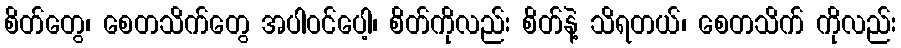
စိတ်တွေ၊ စေတသိက်တွေ အပါဝင်ပေါ့၊ စိတ်ကိုလည်း စိတ်နဲ့ သိရတယ်၊ စေတသိက် ကိုလည်း